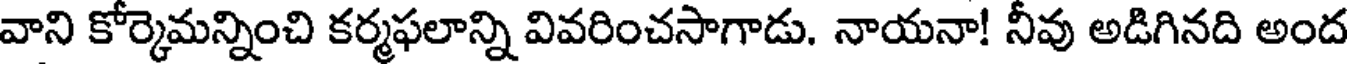
వాని కోర్కెమన్నించి కర్మఫలాన్ని వివరించసాగాడు. నాయనా! నీవు అడిగినది అంద